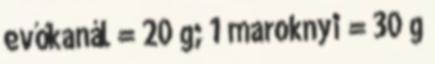
evőkanál = 20 g; 1 maroknyi = 30 g